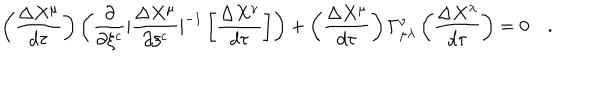
\left( { \frac { \Delta X ^ { \mu } } { d \tau } } \right) \left( { \frac { \partial } { \partial \xi ^ { c } } } | { \frac { \Delta X ^ { \mu } } { \partial \xi ^ { c } } } | ^ { - 1 } \left[ { \frac { \Delta X ^ { \nu } } { d \tau } } \right] \right) + \left( { \frac { \Delta X ^ { \mu } } { d \tau } } \right) \Gamma _ { \mu \lambda } ^ { \nu } \left( { \frac { \Delta X ^ { \lambda } } { d \tau } } \right) = 0 \quad .